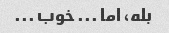
بله، اما ... خوب ...